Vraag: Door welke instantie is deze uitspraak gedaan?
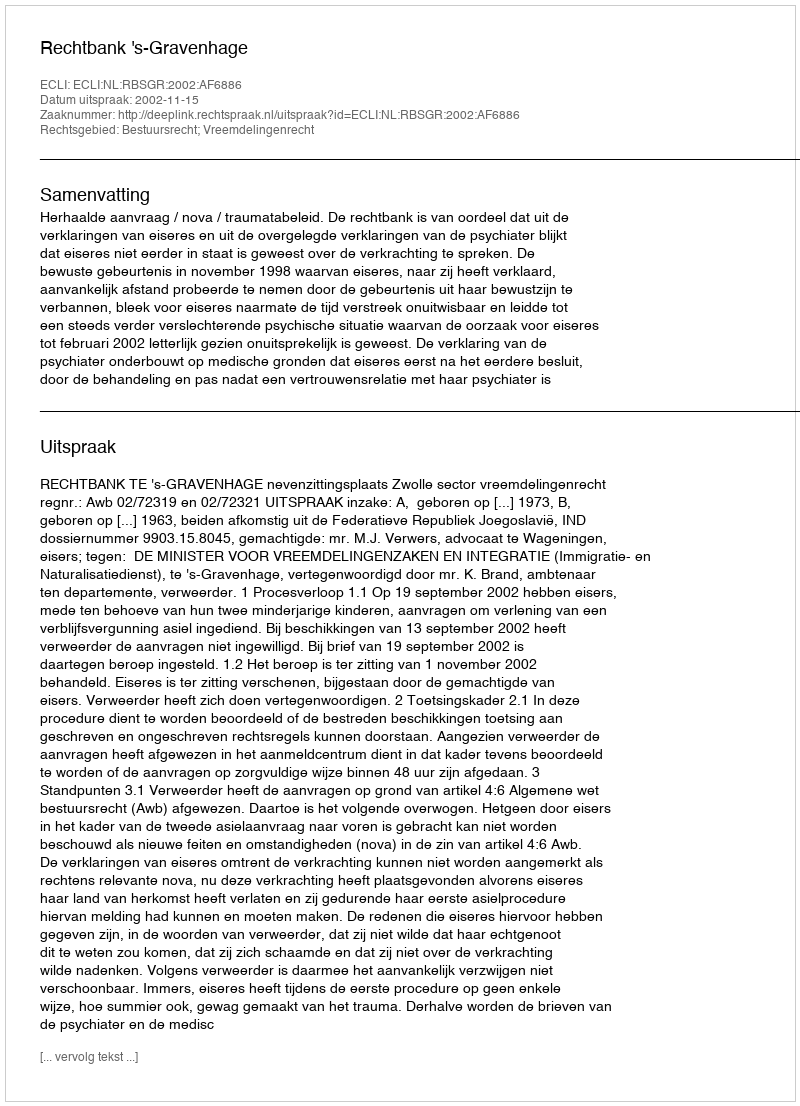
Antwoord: Rechtbank 's-Gravenhage